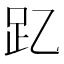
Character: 𮛁